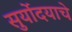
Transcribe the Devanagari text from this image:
सुर्योदयाचे